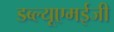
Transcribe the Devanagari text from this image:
डब्ल्यूएमईजी